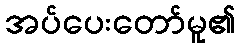
အပ်ပေးတော်မူ၏